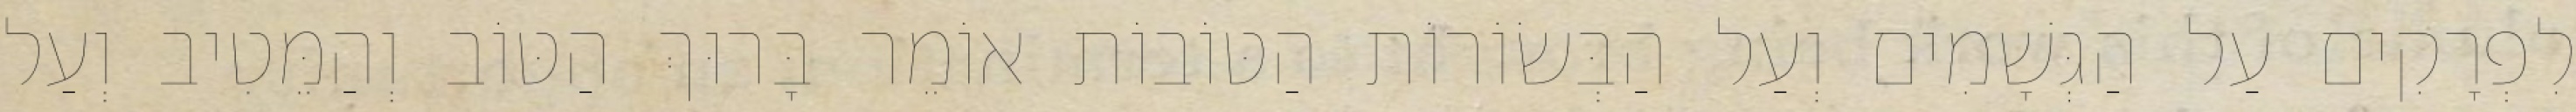
לִפְרָקִים עַל הַגְּשָׁמִים וְעַל הַבְּשׂוֹרוֹת הַטּוֹבוֹת אוֹמֵר בָּרוּךְ הַטּוֹב וְהַמֵּטִיב וְעַל